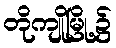
တိုကျိုမြို့၌